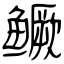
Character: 鳜